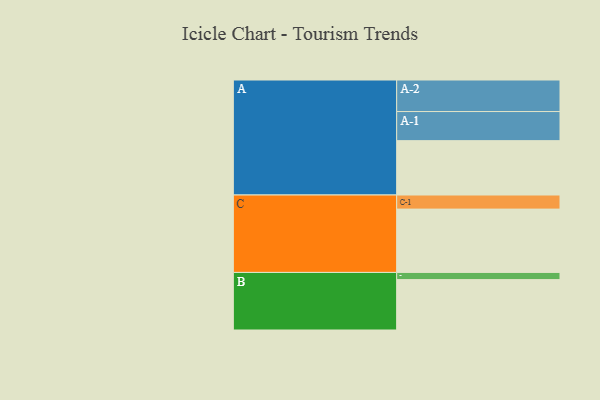
{"axis": {"x": "Segment", "y": "Value"}, "legend": ["", "A", "B", "C"], "data": [{"x": "A", "y": 424, "type": ""}, {"x": "B", "y": 393, "type": ""}, {"x": "C", "y": 494, "type": ""}, {"x": "A-1", "y": 227, "type": "A"}, {"x": "A-2", "y": 246, "type": "A"}, {"x": "B-1", "y": 56, "type": "B"}, {"x": "C-1", "y": 110, "type": "C"}]}